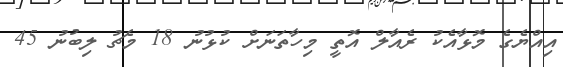
އިއްޔެގެ މޮޅާއެކު ރެއާލް އޮތީ މިހާތަނަށް ކުޅުނު 18 މެޗު ލިބުނު 45